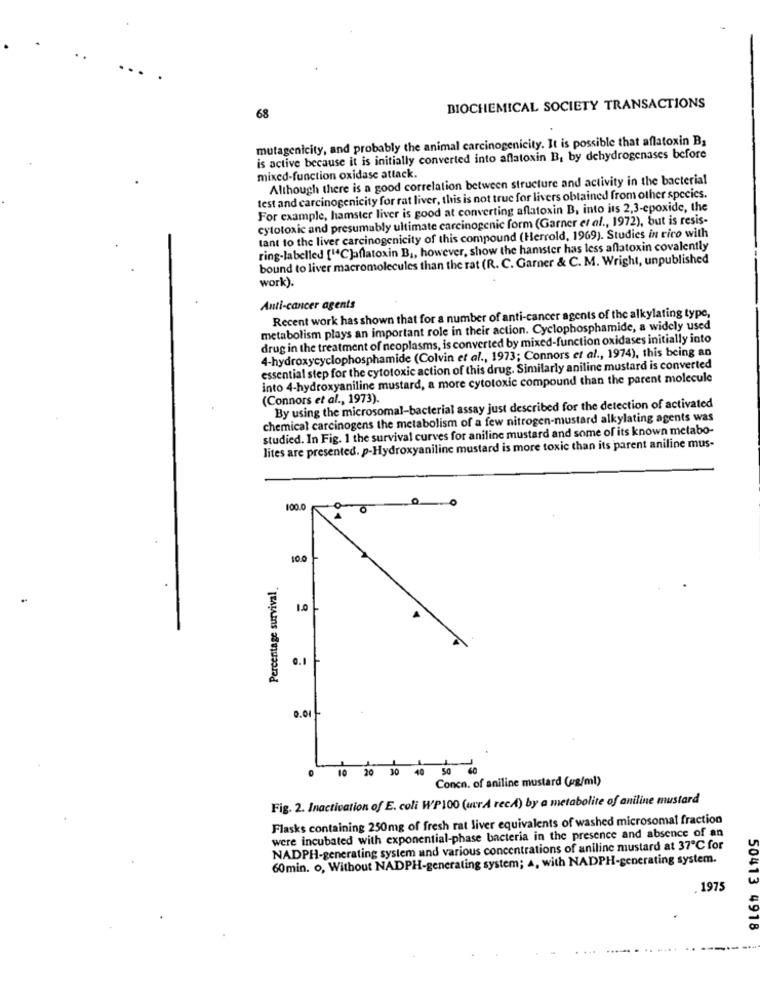
BIOCHEMICAL SOCIETY TRANSACTIONS
68
mutagenicity, and probably the animal carcinogenicity. It is possible that aflatoxin B3
is active because it is initially converted into aflatoxin B, by dehydrogenases before
mixed-function oxidase attack.
Although there is a good correlation between structure and activity in the bacterial
test and carcinogenicity for rat liver, this is not true for livers obtained from other species.
For example, hamster liver is good at converting aflatoxin B, into its 2,3-epoxide, the
cytotoxic and presumably ultimate carcinogenic form (Garner et al ., 1972), but is resis-
tant to the liver carcinogenicity of this compound (Herrold, 1969). Studies in rico with
ring-labelled ["C]aflatoxin B ,, however, show the hamster has less aflatoxin covalently
bound to liver macromolecules than the rat (R. C. Garner & C. M. Wright, unpublished
work).
Anti-cancer agents
Recent work has shown that for a number of anti-cancer agents of the alkylating type,
metabolism plays an important role in their action. Cyclophosphamide, a widely used
drug in the treatment of neoplasms, is converted by mixed-function oxidases initially into
4-hydroxycyclophosphamide (Colvin et al ., 1973; Connors et al ., 1974), this being an
essential step for the cytotoxic action of this drug. Similarly aniline mustard is converted
into 4-hydroxyaniline mustard, a more cytotoxic compound than the parent molecule
(Connors et al ., 1973).
By using the microsomal-bacterial assay just described for the detection of activated
chemical carcinogens the metabolism of a few nitrogen-mustard alkylating agents was
studied. In Fig. 1 the survival curves for aniline mustard and some of its known metabo-
lites are presented. p-Hydroxyaniline mustard is more toxic than its parent aniline mus-
100.0
100
Percentage survival.
1.0
0.1
0.01 -
10 20 30
50
Concn. of aniline mustard (pg/ml)
Fig. 2. Inactivation of E. coli WP100 (uur A recA) by a metabolite of aniline mustard
Flasks containing 250mg of fresh rat liver equivalents of washed microsomal fraction
were incubated with exponential-phase bacteria in the presence and absence of an
NADPH-generating system and various concentrations of aniline mustard at 37℃ for
60min. o, Without NADPH-generating system; A, with NADPH-generating system.
1975
50413 4918